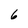
Character: 6